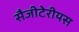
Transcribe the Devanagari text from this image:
सैजीटेरीयस